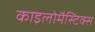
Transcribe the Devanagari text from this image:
काइलोमैस्टिक्स